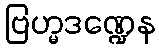
ဗြဟ္မဒဏ္ဍေန